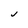
Character: J